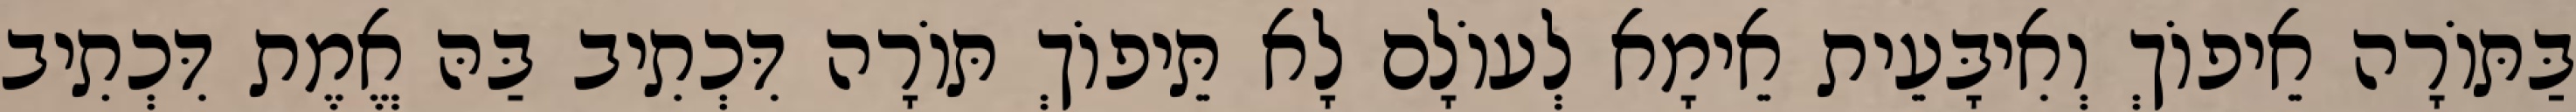
בַּתּוֹרָה אֵיפוֹךְ וְאִיבָּעֵית אֵימָא לְעוֹלָם לָא תֵּיפוֹךְ תּוֹרָה דִּכְתִיב בַּהּ אֱמֶת דִּכְתִיב